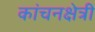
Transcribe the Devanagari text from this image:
कांचनक्षेत्री